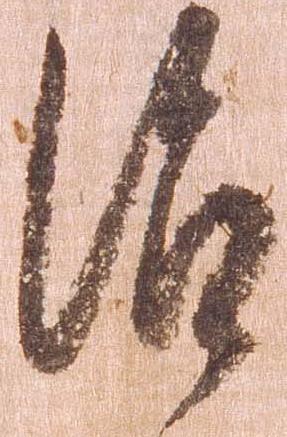
治